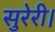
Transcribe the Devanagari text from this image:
सुरेरी।